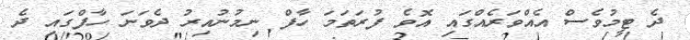
ދެ ޓީމުވެސް އެއްވަރެއްގައި އޮވެ ފުރަތަމަ ހާފް ނިމުނުއިރު ދެވަނަ ހާފްގައި ދެ